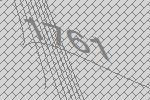
1761